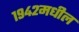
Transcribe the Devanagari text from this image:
१९४२मधील